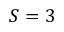
S = 3